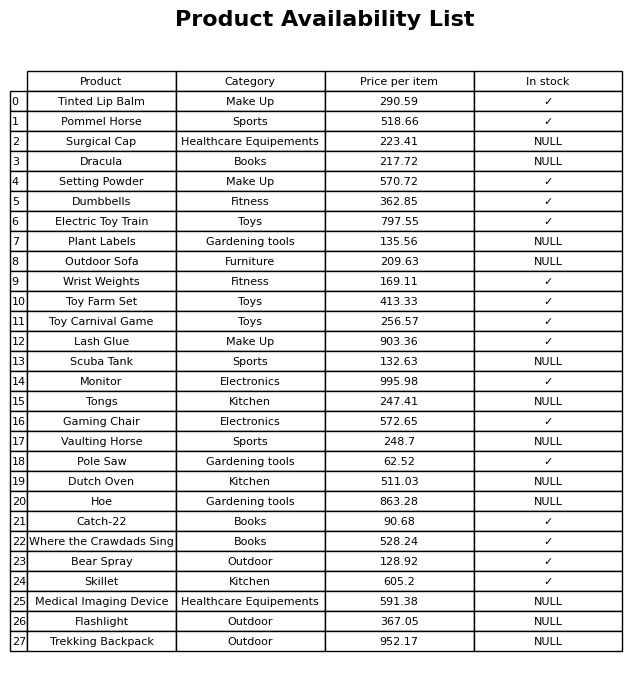
question: What is the stock status of the Tinted Lip Balm?
answer: ✓